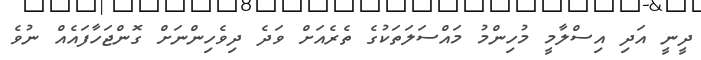
ދީނީ އަދި އިސްލާމީ މުހިންމު މައްސަލަތަކުގެ ތެރެއަށް ވަދެ ދިވެހިންނަށް ގޮންޖަހާފައެއް ނުވެ